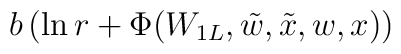
b\left(\ln r +\Phi(W_{1L},\tilde{w},\tilde{x},w,x)\right)